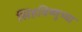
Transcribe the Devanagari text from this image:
सिंहविष्णुच्या